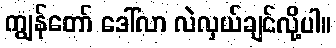
ကျွန်တော် ဒေါ်လာ လဲလှယ်ချင်လို့ပါ။